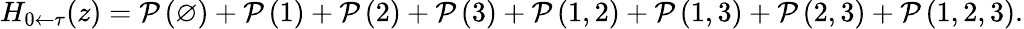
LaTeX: H_{0\leftarrow\tau}(z)=\mathcal P\left(\varnothing\right)+\mathcal P\left(1\right)+\mathcal P\left(2\right)+\mathcal P\left(3\right)+\mathcal P\left(1,2\right)+\mathcal P\left(1,3\right)+\mathcal P\left(2,3\right)+\mathcal P\left(1,2,3\right).